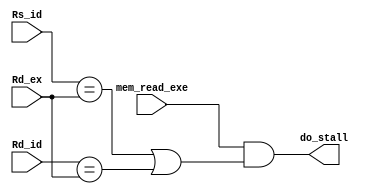
module load_stall (mem_read_exe, Rs_id, Rd_id, Rd_ex, do_stall);

input [2:0] Rs_id, Rd_id, Rd_ex;
input mem_read_exe;
output do_stall;

assign do_stall = ((mem_read_exe)&((Rs_id==Rd_ex)|(Rd_id==Rd_ex)));


endmodule //load_stall